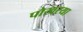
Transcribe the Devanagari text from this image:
पोखरया